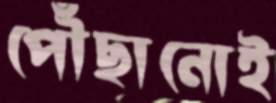
পৌঁছানোই